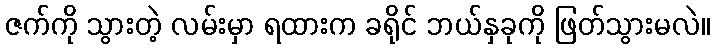
ဇက်ကို သွားတဲ့ လမ်းမှာ ရထားက ခရိုင် ဘယ်နှခုကို ဖြတ်သွားမလဲ။